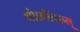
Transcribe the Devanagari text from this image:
थोछलिकल्